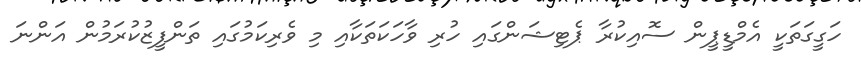
ހަގީގަތަކީ އެމްޑީޕީން ސޮއިކުރާ ޕެޓިޝަންގައި ހުރި ވާހަކަތަކާއި މި ވެރިކަމުގައި ތަންފީޒުކުރަމުން އަންނަ